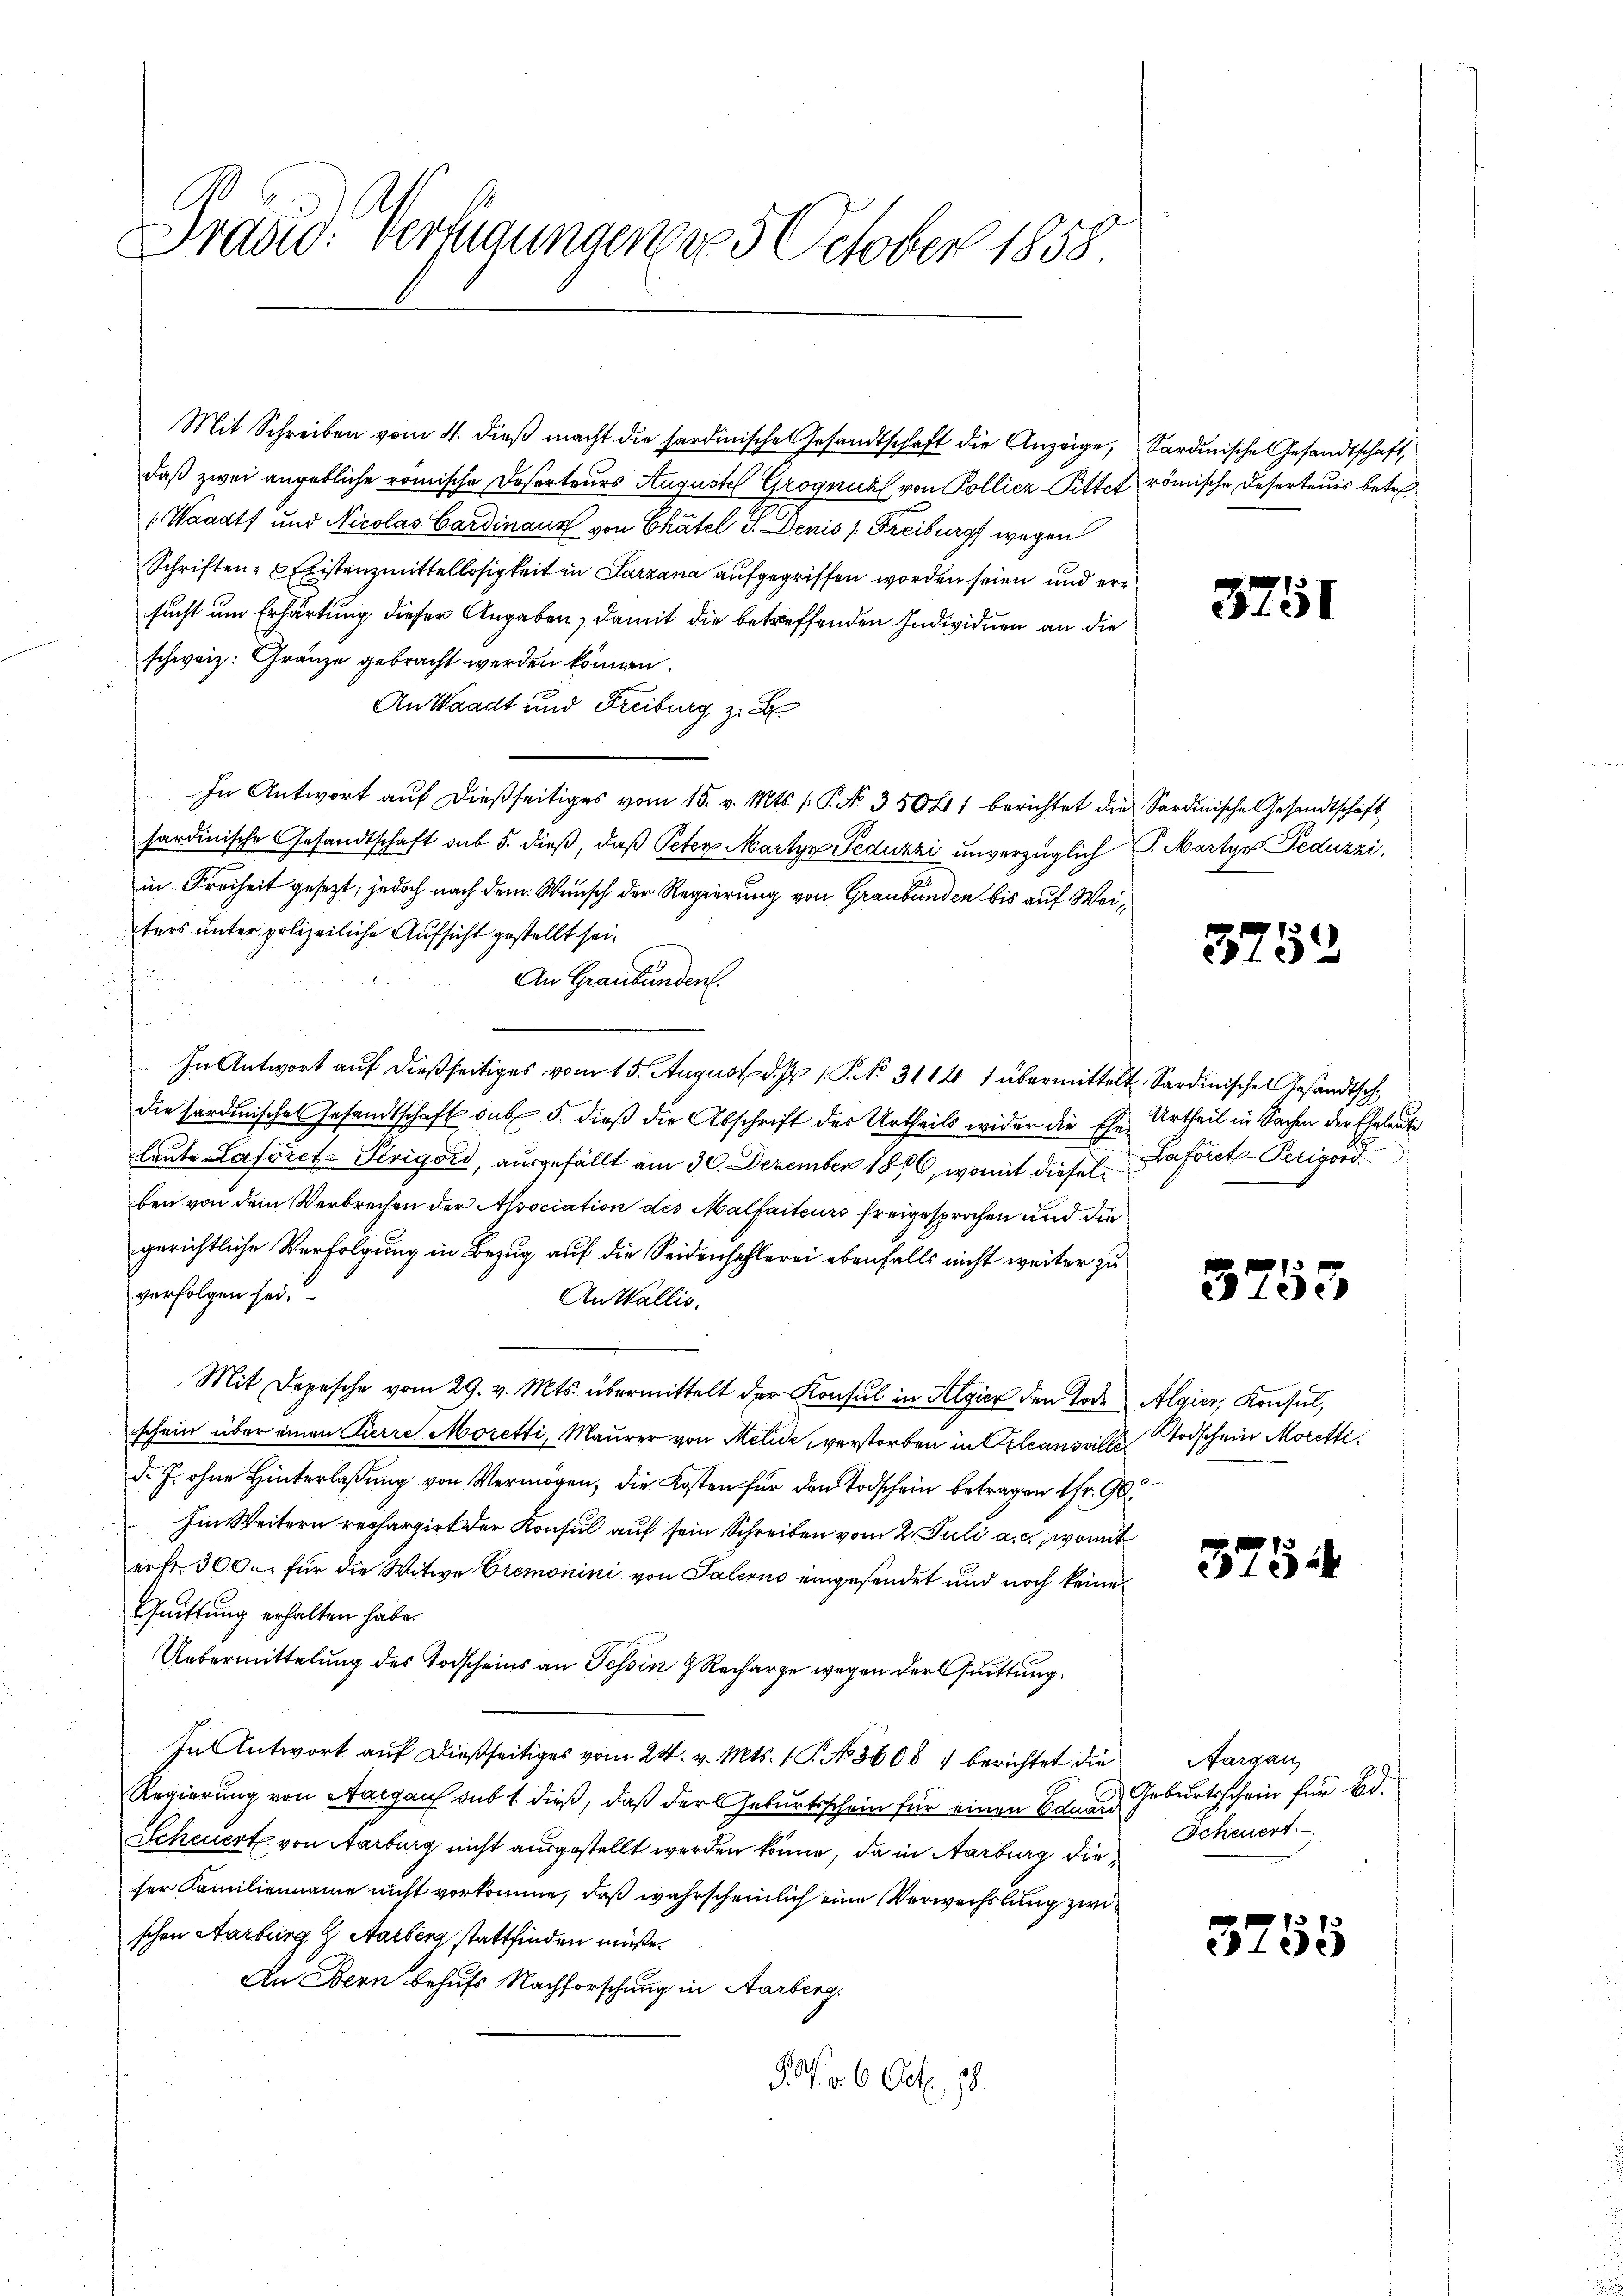
Drasid. Verfügungen v. 5. October 1858

daß zwei angebliche römische Deserteurs Augustel Grognicht von Polliez-Sitter
(Waadt und Nicolas Cardinanz von Chatel G. Denis (Freiburg wegen
Schriften-Existenzmittellosigkeit in Sarzana aufgegriffen worden seien und ersucht um Erhärtung dieser Angaben, damit die betreffenden Individuen an die
schweiz. Gränze gebracht werden können.
An Waadt und Freiburg z. B.
In Antwort auf dießseitiges vom 15. v. Mts. 1. P. N. 35041 berichtet die
hardinische Gesandtschaft sub 5. dieß, daß Peter Martyr Feduzzi unverzüglich
in Freiheit gesezt, jedoch nach dem Wunsch der Regierung von Graubünden bis auf Weiters unter polizeiliche Aufsicht gestellt sei.
An Graubünden.
In Antwort auf dießseitiges vom 15. August d. 1. No. 3114 1 übermittelt Sardinische Gesandtsch
die sardinische Gesandtschaft das 5. dieß die Abschrift der Urtheils wider die Ehe Urtheil in Sachen der Eheleut
leute Laforete Perigord, ausgefällt am 30. Dezember 1886, womit dieselben von dem Verbrechen der Association des Malfaiteurs freigesprochen und die
gerichtliche Verfolgung in Bezug auf die Seidenhehlerei ebenfalls nicht weiter zu
verfolgen sei.
An Wallis.
Mit Depesche vom 29. v. Mts. übermittelt der Konsul in Algier den Tode
schein über einen Pierre Moretti, Maurer von Melidi verstorben in Orleansviller
d. J. ohne Hinterlaßung von Vermögen, die Kosten für den Todschein betragen 1fr. G
Im Weitern rechargirt der Konsul auf sein Schreiben vom 2. Juli a.c., womit
erfr. 3000. für die Witwe Cremonini von Palerno eingesendet und noch keine
Quittung erhalten habe.
Uebermittelung des Todscheins an Tessin 9 Recharge wegen der Quittung¬
In Antwort auf dießseitiges vom 24. v. Mts. 1. P. No. 8608 1 berichtet die
Regierung von Aargau sub 1 dieß, daß der Geburtsschein für einen Eduar
Scheuert von Aarburg nicht ausgestellt werden könne, da in Aarburg dieser Familienname nicht vorkomme, daß wahrscheinlich eine Verwechslung zwi
schen Aarburg G Aarberg stattfinden müße.
An Bern behufs Nachforschung in Aarberg.
F. P. v. 6. Oct. 18.

Mit Schreiben vom 4. dieß macht die sardinische Gesandtschaft die Anzeige,

Sardinische Gesandtschaft,
 römische Deserteurs betre¬

3751

u Sardinische Gesandtschaft
P. Martyr Feduzzi.

3752

.
Baforet-Perigord

32

53

Algier, Konsul,
Todschein Moretti.
22

3754

Aargau,
 Geburtsschein für Bd.
Scheuert

3755